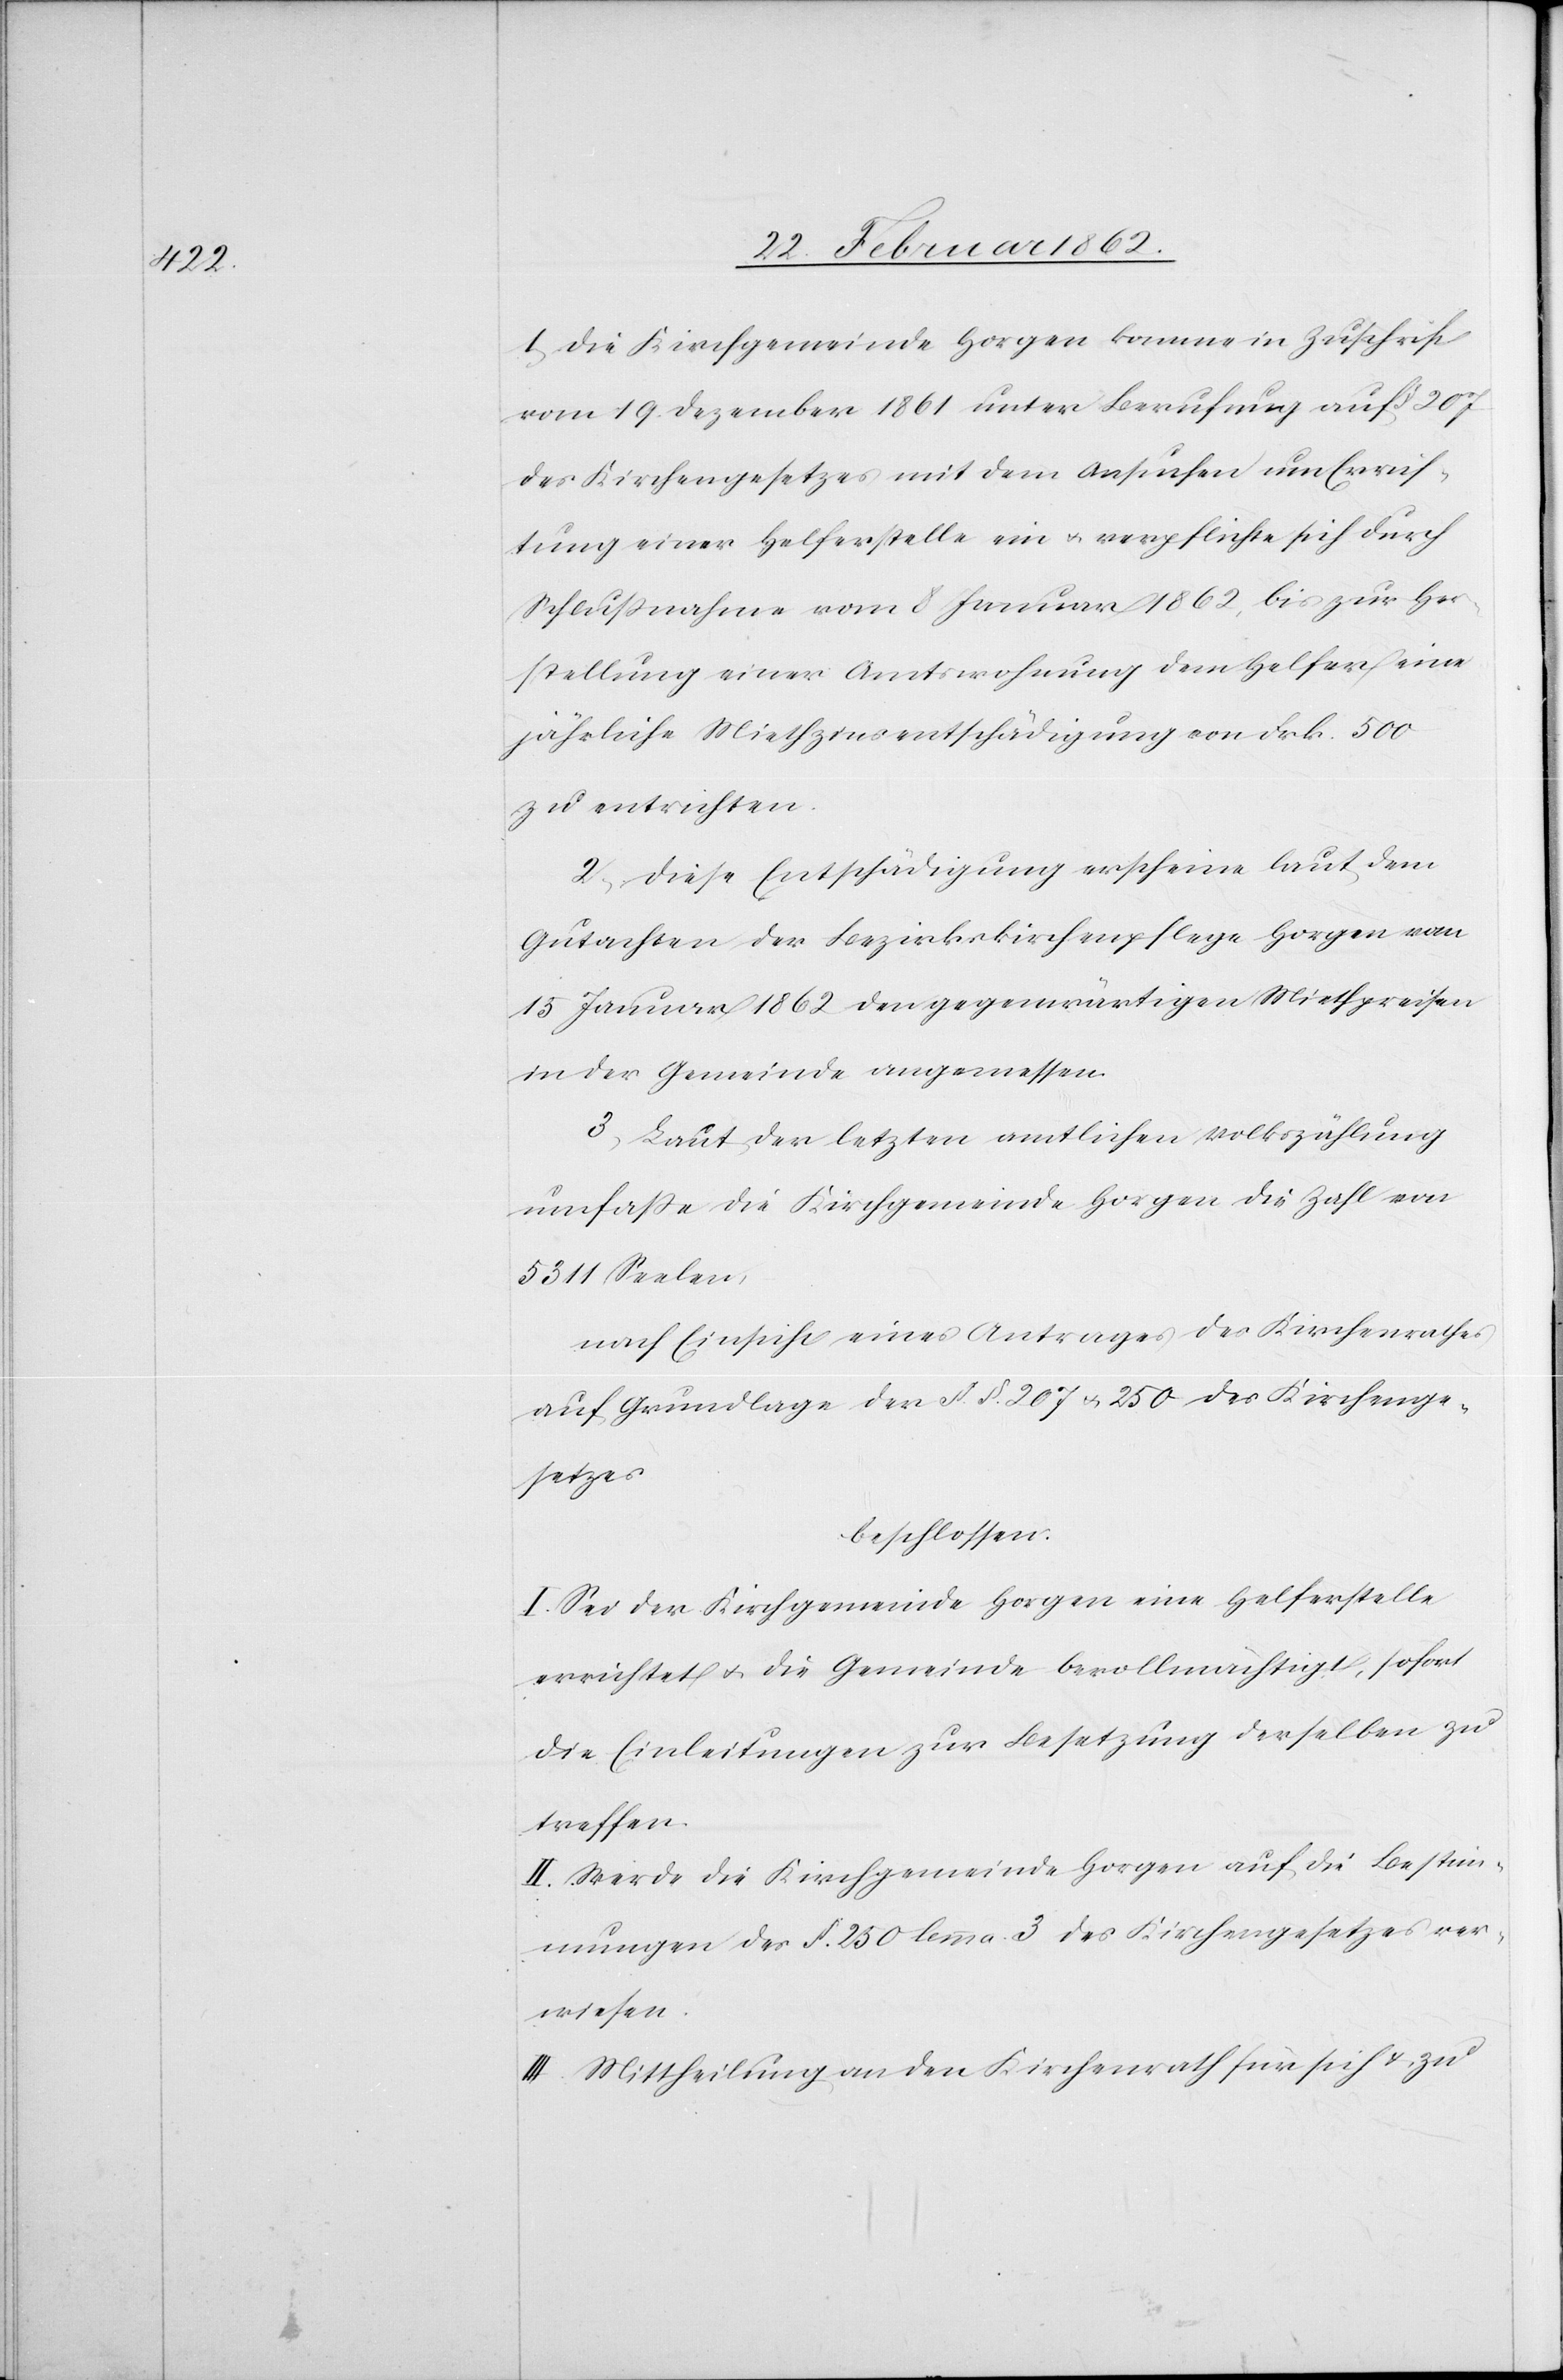
1) Die Kirchgemeinde Horgen komme in Zuschrift
vom 19. Dezember 1861 unter Berufung auf § 207
des Kirchengesetzes mit dem Ansuchen um Errich¬
tung einer Helferstelle ein u. verpflichte sich durch
Schlußnahme vom 8 Januar 1862, bis zur Her¬
stellung einer Amtswohnung dem Helfer eine
jährliche Miethzinsentschädigung von Frk. 500
zu entrichten.
2) Diese Entschädigung erscheine laut dem
Gutachten der Bezirkskirchenpflege Horgen vom
15 Januar 1862 den gegenwärtigen Miethpreisen
in der Gemeinde angemessen.
3) Laut der letzten amtlichen Volkszählung
umfaße die Kirchgemeinde Horgen die Zahl von
5311 Seelen,
nach Einsicht eines Antrages des Kirchenrathes
auf Grundlage der §. §. 207 u. 250 des Kirchenge¬
setzes
beschlossen:
I. Sei der Kirchgemeinde Horgen eine Helferstelle
errichtet u. die Gemeinde bevollmächtigt, sofort
die Einleitungen zur Besetzung derselben zu
treffen.
II. Werde die Kirchgemeinde Horgen auf die Bestim¬
mungen des §. 250 lemma 3 des Kirchengesetzes ver¬
wiesen.
III. Mittheilung an den Kirchenrath für sich & zu